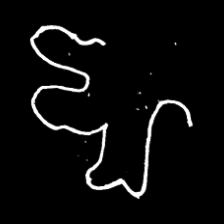
Pyu character \u2014 Myanmar letter: ဈ (romanized: jha)